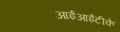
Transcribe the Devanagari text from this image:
आईआईटीके